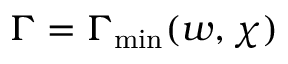
\Gamma = \Gamma _ { \operatorname* { m i n } } ( w , \chi )